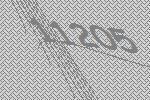
11205